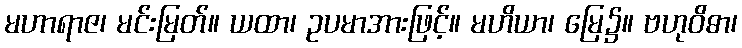
မဟာရာဇ၊ မင်းမြတ်။ ယထာ၊ ဥပမာအားဖြင့်။ မဟိယာ၊ မြေ၌။ ဗဟုဝိဓာ၊